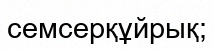
семсерқұйрық;